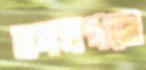
মদনগঞ্জে